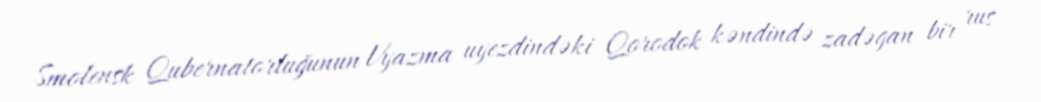
Smolensk Qubernatorluğunun Vyazma uyezdindəki Qorodok kəndində zadəgan bir rus